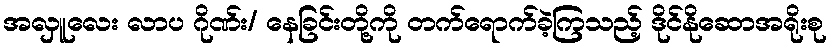
အလှူလေး လာပ ဂိုဏ်း/ နေခြင်းတို့ကို တက်ရောက်ခဲ့ကြသည့် ဒိုင်နိုဆောအရိုးစု